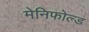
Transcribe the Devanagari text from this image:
मेनिफोल्ड